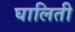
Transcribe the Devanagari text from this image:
घालिती